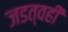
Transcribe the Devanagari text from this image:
जडत्वही